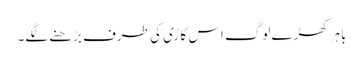
باہر کھڑے لوگ اس گاڑی کی طرف بڑھنے لگے۔